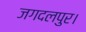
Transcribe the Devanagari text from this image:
जगदलपुर।